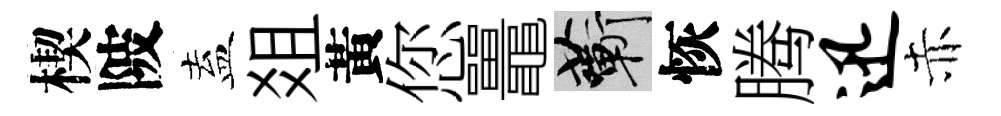
楔陂盍爼黃您鼉蔪恢腾迅赤